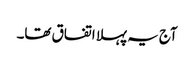
آج یہ پہلا اتفاق تھا۔